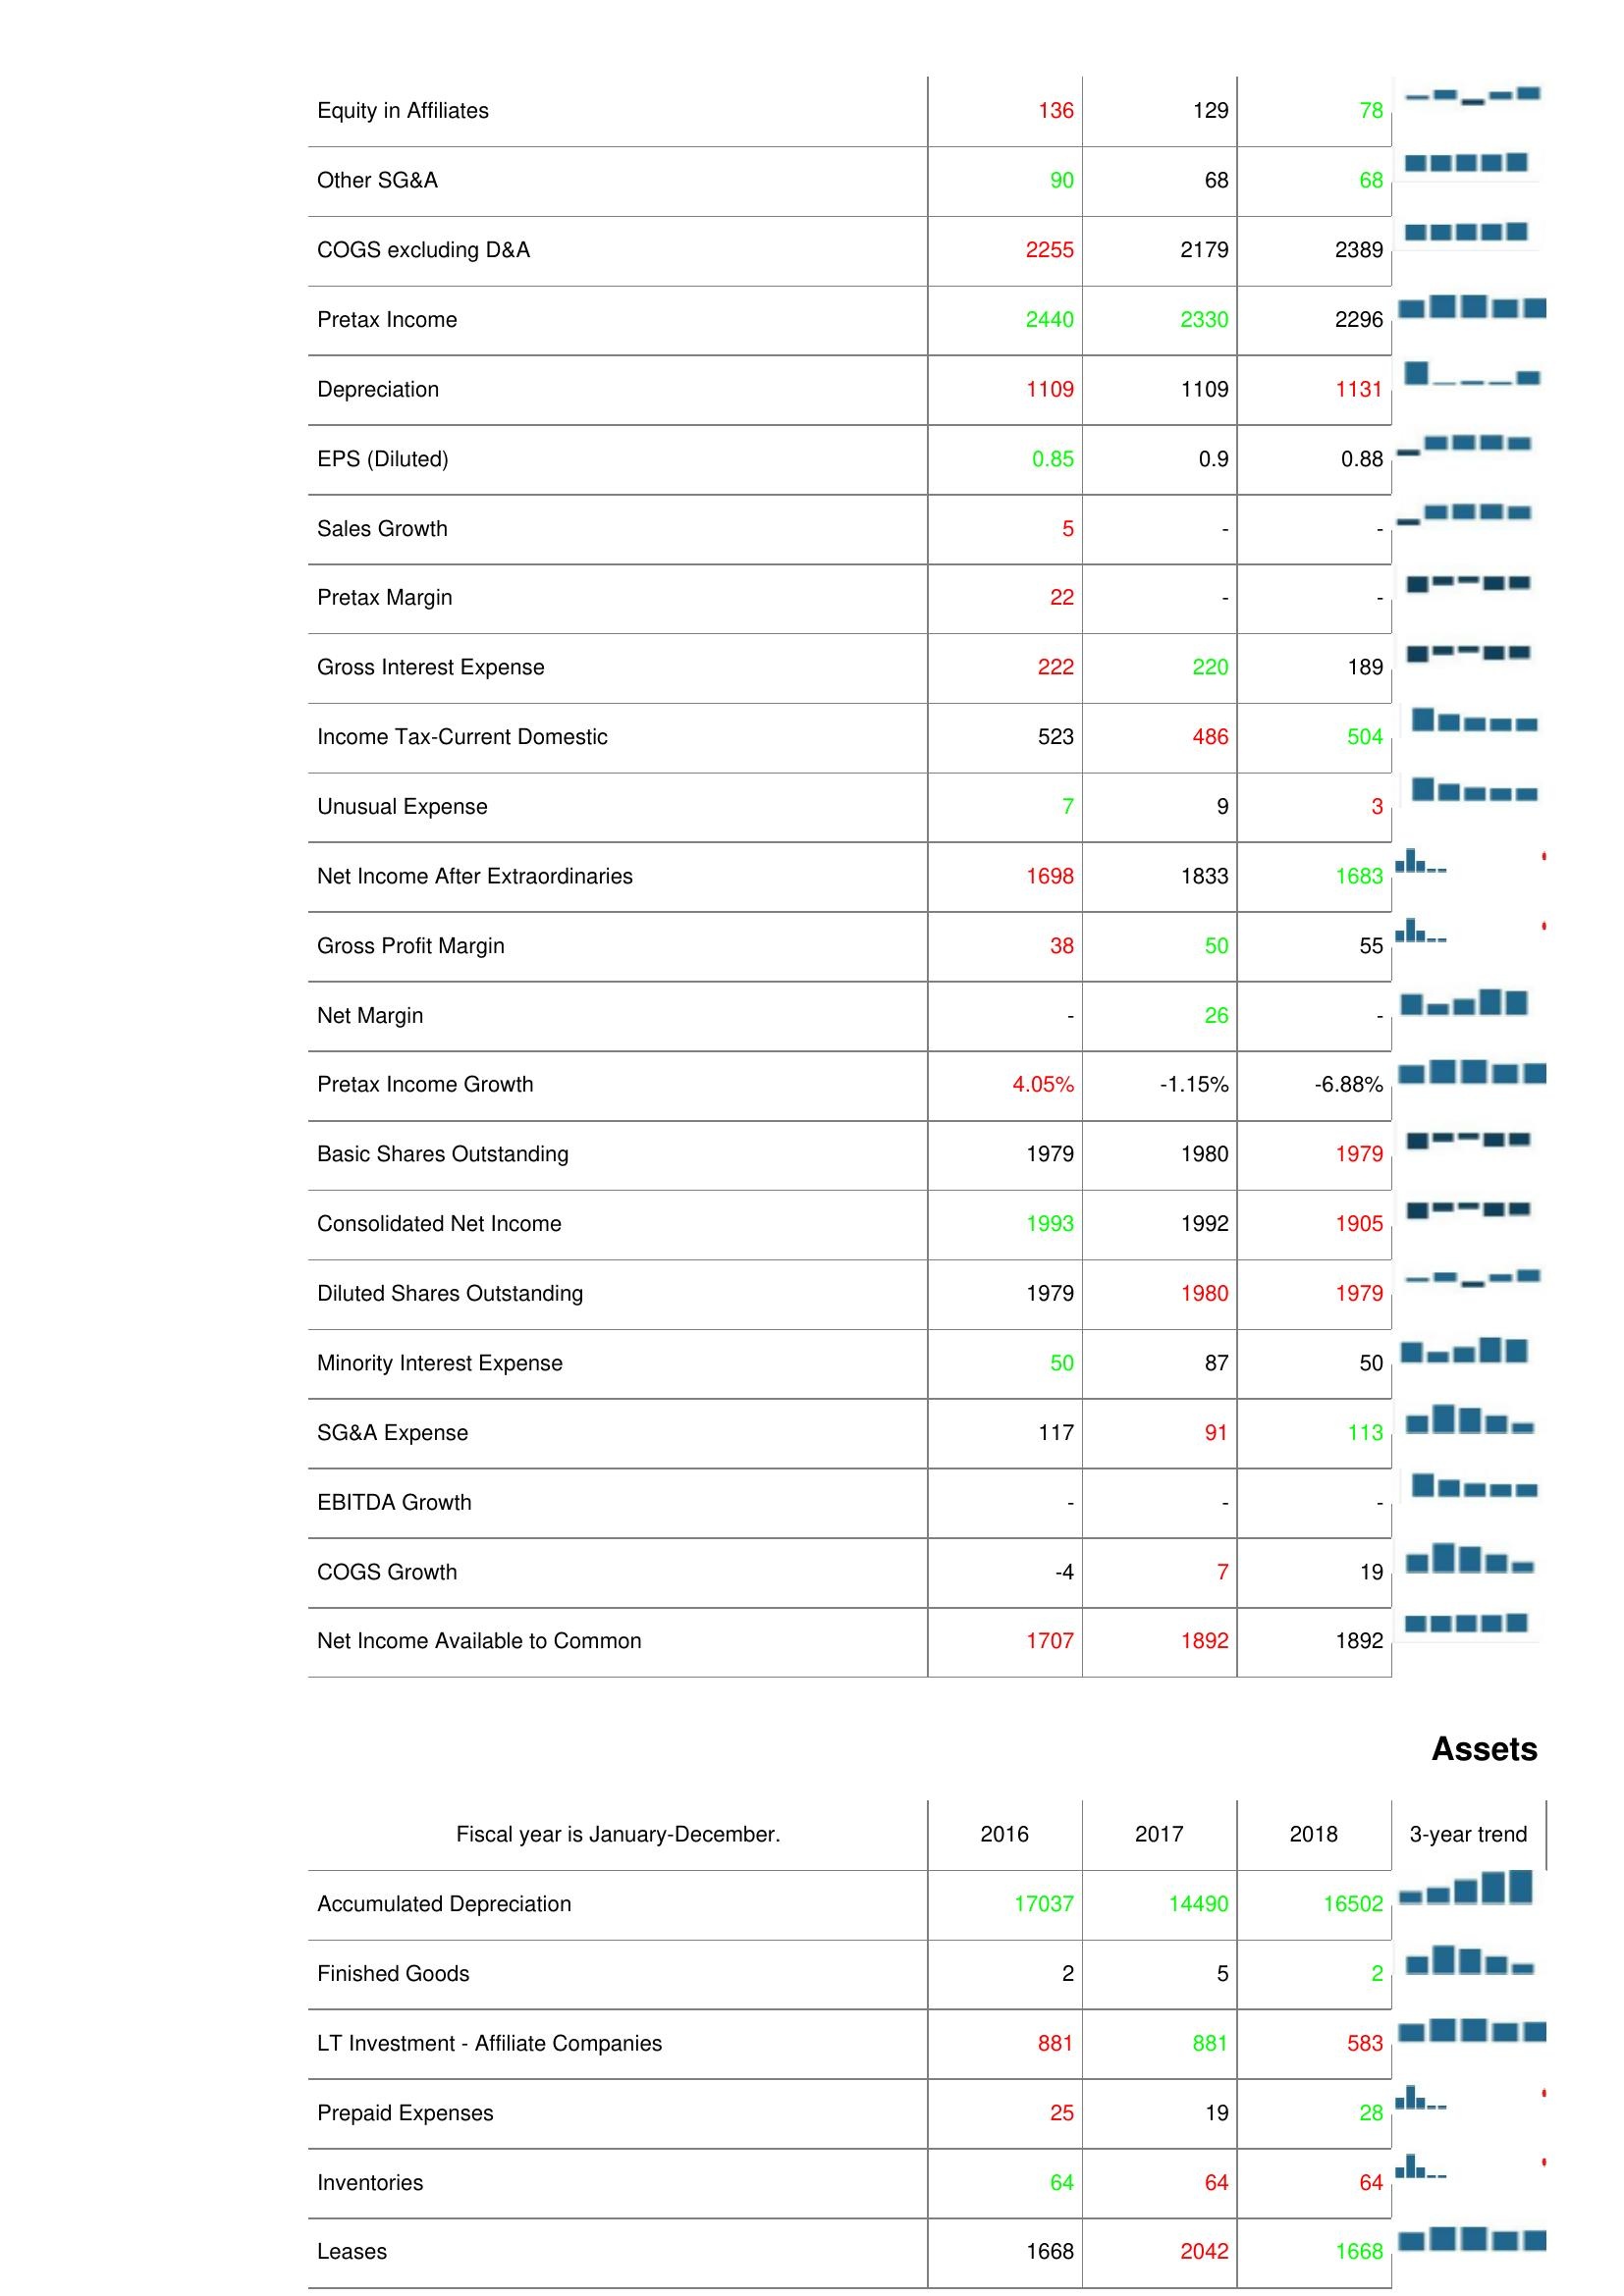
2016: : Equity in Affiliates: 136
Other SG&A: 90
COGS excluding D&A: 2255
Pretax Income: 2440
Depreciation: 1109
EPS (Diluted): 0.85
Sales Growth: 5
Pretax Margin: 22
Gross Interest Expense: 222
Income Tax-Current Domestic: 523
Unusual Expense: 7
Net Income After Extraordinaries: 1698
Gross Profit Margin: 38
Net Margin: -
Pretax Income Growth: 4.05%
Basic Shares Outstanding: 1979
Consolidated Net Income: 1993
Diluted Shares Outstanding: 1979
Minority Interest Expense: 50
SG&A Expense: 117
EBITDA Growth: -
COGS Growth: -4
Net Income Available to Common: 1707
Assets: Accumulated Depreciation: 17037
Finished Goods: 2
LT Investment - Affiliate Companies: 881
Prepaid Expenses: 25
Inventories: 64
Leases: 1668
2017: : Equity in Affiliates: 129
Other SG&A: 68
COGS excluding D&A: 2179
Pretax Income: 2330
Depreciation: 1109
EPS (Diluted): 0.9
Sales Growth: -
Pretax Margin: -
Gross Interest Expense: 220
Income Tax-Current Domestic: 486
Unusual Expense: 9
Net Income After Extraordinaries: 1833
Gross Profit Margin: 50
Net Margin: 26
Pretax Income Growth: -1.15%
Basic Shares Outstanding: 1980
Consolidated Net Income: 1992
Diluted Shares Outstanding: 1980
Minority Interest Expense: 87
SG&A Expense: 91
EBITDA Growth: -
COGS Growth: 7
Net Income Available to Common: 1892
Assets: Accumulated Depreciation: 14490
Finished Goods: 5
LT Investment - Affiliate Companies: 881
Prepaid Expenses: 19
Inventories: 64
Leases: 2042
2018: : Equity in Affiliates: 78
Other SG&A: 68
COGS excluding D&A: 2389
Pretax Income: 2296
Depreciation: 1131
EPS (Diluted): 0.88
Sales Growth: -
Pretax Margin: -
Gross Interest Expense: 189
Income Tax-Current Domestic: 504
Unusual Expense: 3
Net Income After Extraordinaries: 1683
Gross Profit Margin: 55
Net Margin: -
Pretax Income Growth: -6.88%
Basic Shares Outstanding: 1979
Consolidated Net Income: 1905
Diluted Shares Outstanding: 1979
Minority Interest Expense: 50
SG&A Expense: 113
EBITDA Growth: -
COGS Growth: 19
Net Income Available to Common: 1892
Assets: Accumulated Depreciation: 16502
Finished Goods: 2
LT Investment - Affiliate Companies: 583
Prepaid Expenses: 28
Inventories: 64
Leases: 1668